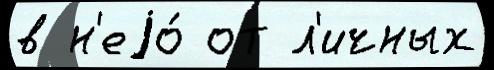
в н'еjо́ от л'ичных